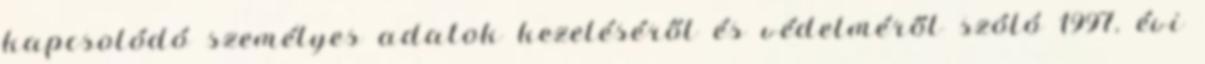
kapcsolódó személyes adatok kezeléséről és védelméről szóló 1997. évi